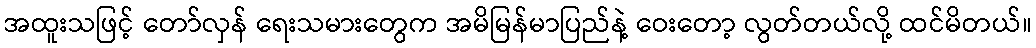
အထူးသဖြင့် တော်လှန် ရေးသမားတွေက အမိမြန်မာပြည်နဲ့ ဝေးတော့ လွတ်တယ်လို့ ထင်မိတယ်။